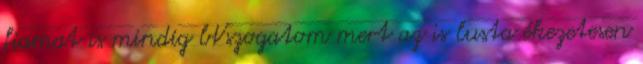
fiamat is mindig bVszogatom mert az is lusta ékezetesen